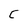
Character: C